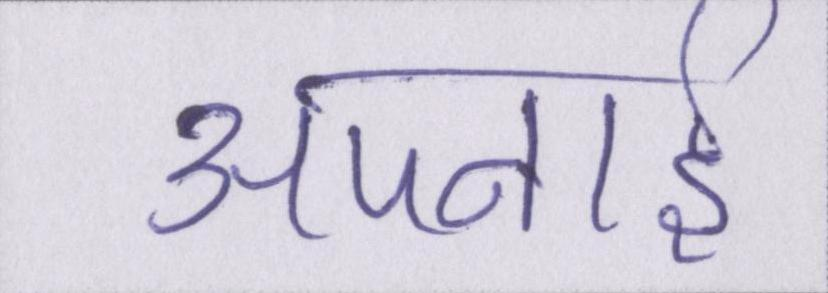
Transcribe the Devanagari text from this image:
अपनाई